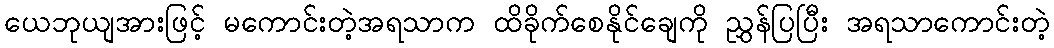
ယေဘုယျအားဖြင့် မကောင်းတဲ့အရသာက ထိခိုက်စေနိုင်ချေကို ညွှန်ပြပြီး အရသာကောင်းတဲ့